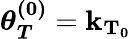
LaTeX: \boldsymbol{\theta_{T}^{(0)}}=\mathbf{k_{T_{0}}}